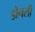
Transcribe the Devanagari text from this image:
डोनली